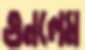
গুনলেম